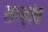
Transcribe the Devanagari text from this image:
सप्हांत